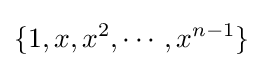
\{1,x,x^{2},\cdots ,x^{n-1}\}